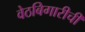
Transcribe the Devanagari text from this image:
वेठबिगारीची